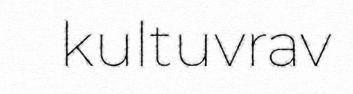
kultuvrav